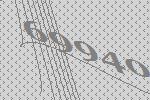
69940